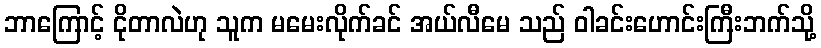
ဘာကြောင့် ငိုတာလဲဟု သူက မမေးလိုက်ခင် အယ်လီမေ သည် ဝါခင်းဟောင်းကြီးဘက်သို့